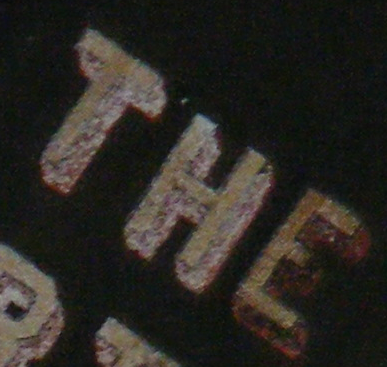
THE